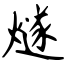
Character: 燧